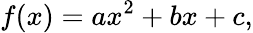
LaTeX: f(x)=ax^{2}+bx+c,